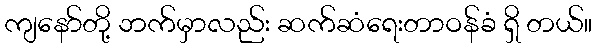
ကျနော်တို့ ဘက်မှာလည်း ဆက်ဆံရေးတာဝန်ခံ ရှိ တယ်။